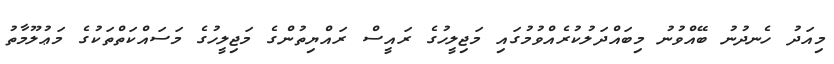
މިއަދު ހެނދުނު ބޭއްވުނު މިބައްދަލުކުރެއްވުމުގައި މަޖިލީހުގެ ރައީސް ރައްޔިތުންގެ މަޖިލީހުގެ މަސައްކަތްތަކުގެ މަޢުލޫމާތު